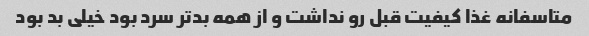
متاسفانه غذا کیفیت قبل رو نداشت و از همه بدتر سرد بود خیلی بد بود